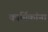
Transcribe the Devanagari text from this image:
कार्मिकांना